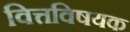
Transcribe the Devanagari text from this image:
वित्तविषयक